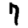
Digit: 7